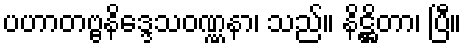
ပဟာတဗ္ဗနိဒ္ဒေသဝဏ္ဏနာ၊ သည်။ နိဋ္ဌိတာ၊ ပြီ။